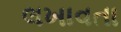
લખાવતા